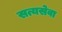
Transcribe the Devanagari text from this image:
सत्यसेवा